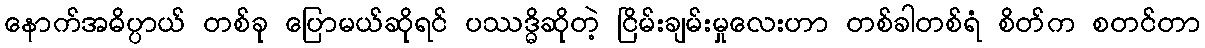
နောက်အဓိပ္ပာယ် တစ်ခု ပြောမယ်ဆိုရင် ပဿဒ္ဓိဆိုတဲ့ ငြိမ်းချမ်းမှုလေးဟာ တစ်ခါတစ်ရံ စိတ်က စတင်တာ